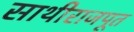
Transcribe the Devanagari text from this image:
साथीराजपूत